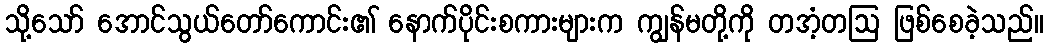
သို့သော် အောင်သွယ်တော်ကောင်း၏ နောက်ပိုင်းစကားများက ကျွန်မတို့ကို တအံ့တဩ ဖြစ်စေခဲ့သည်။